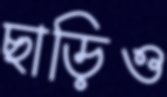
ছাড়িও